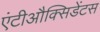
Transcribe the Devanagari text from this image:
एंटीऔक्सिडेंटस